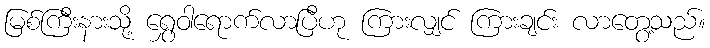
မြစ်ကြီးနားသို့ ရွှေဝါရောက်လာပြီဟု ကြားလျှင် ကြားချင်း လာတွေ့သည်။